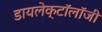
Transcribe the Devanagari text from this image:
डायलेक्टॉलॉजी